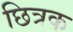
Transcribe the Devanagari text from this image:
छित्रक